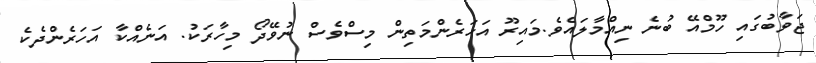
ޖަވާބުގައި ހޫމްއޭ ބުނެ ނިއްމާލައެވެ.މައިރޫ އަހަރެންމަތިން މިސްވެސް ނުވޭދޯ މިހާރަކު. އަނެއްކާ އަހަރެންދެެކެ